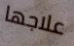
علاجها